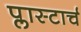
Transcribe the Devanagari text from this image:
प्लास्टार्च